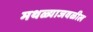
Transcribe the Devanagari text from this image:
मथळ्याजवळील